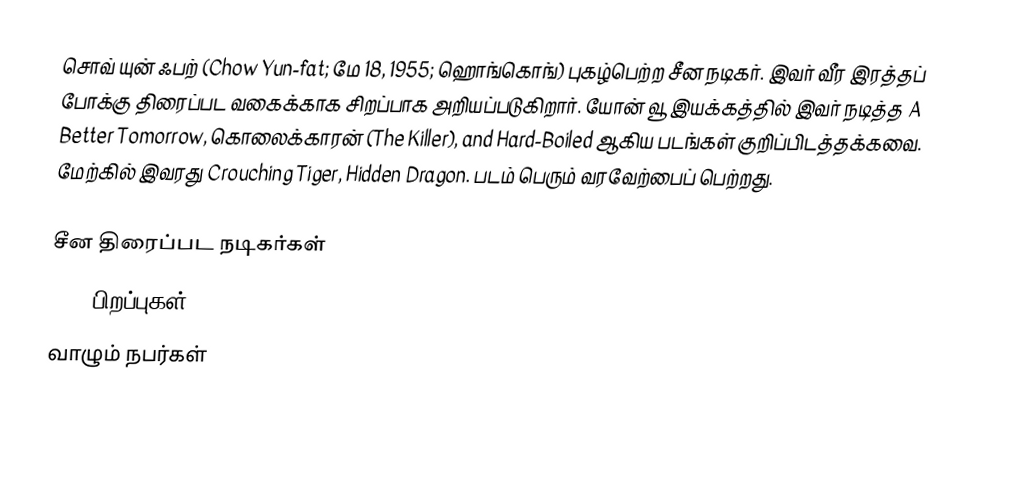
சொவ் யுன் ஃபற் (Chow Yun-fat; மே 18, 1955; ஹொங்கொங்) புகழ்பெற்ற சீன நடிகர். இவர் வீர இரத்தப் போக்கு திரைப்பட வகைக்காக சிறப்பாக அறியப்படுகிறார். யோன் வூ இயக்கத்தில் இவர் நடித்த A Better Tomorrow, கொலைக்காரன் (The Killer), and Hard-Boiled ஆகிய படங்கள் குறிப்பிடத்தக்கவை. மேற்கில் இவரது Crouching Tiger, Hidden Dragon. படம் பெரும் வரவேற்பைப் பெற்றது.

சீன திரைப்பட நடிகர்கள்
1955 பிறப்புகள்
வாழும் நபர்கள்